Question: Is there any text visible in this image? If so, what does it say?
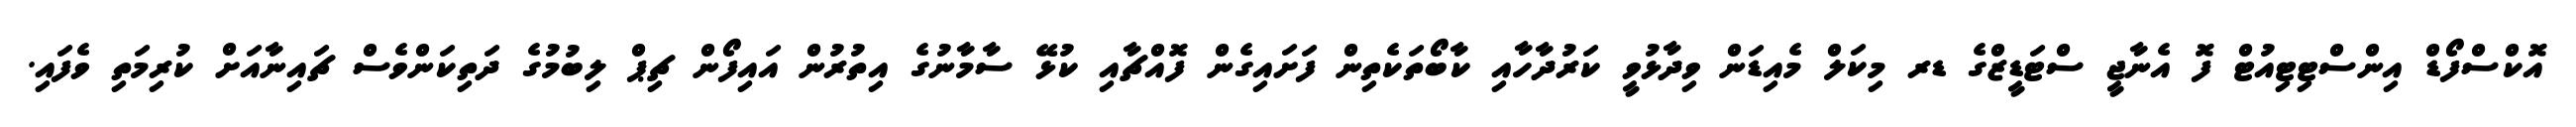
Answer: އޮކްސްފޯޑް އިންސްޓިޓިއުޓް ފޮ އެނާޖީ ސްޓަޑީޒްގެ ޑރ މިކަލް މެއިޑަން ވިދާޅުވީ ކަރުދާހާއި ކާބޯތަކެތިން ފަށައިގެން ފޮއްޗާއި ކުޅޭ ސާމާނުގެ އިތުރުން އައިފޯން ޗިޕް ލިބުމުގެ ދަތިކަންވެސް ޗައިނާއަށް ކުރިމަތި ވެފައި.